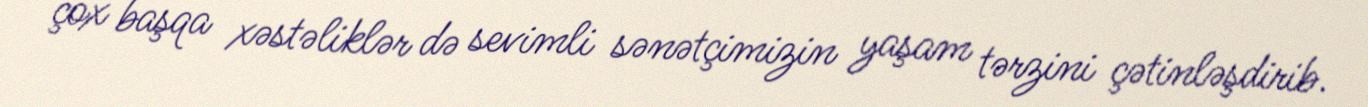
çox başqa xəstəliklər də sevimli sənətçimizin yaşam tərzini çətinləşdirib.